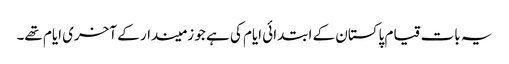
یہ بات قیام پاکستان کے ابتدائی ایام کی ہے جو زمیندار کے آخری ایام تھے۔